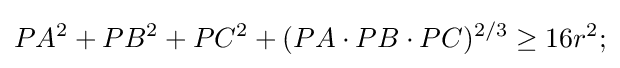
PA^{2}+PB^{2}+PC^{2}+(PA\cdot PB\cdot PC)^{2/3}\geq 16r^{2};